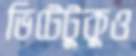
ভিটেটুকুও